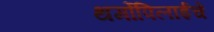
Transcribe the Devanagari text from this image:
थर्मोपिलाईचे